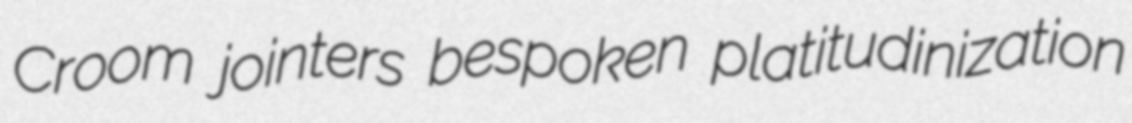
Croom jointers bespoken platitudinization